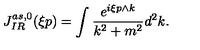
J _ { I R } ^ { a s , 0 } ( \xi p ) = \int \frac { e ^ { i \xi p \wedge k } } { k ^ { 2 } + m ^ { 2 } } d ^ { 2 } k .